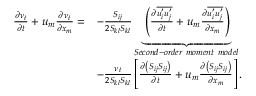
\begin{array} { r l } { \frac { \partial \nu _ { t } } { \partial t } + u _ { m } \frac { \partial \nu _ { t } } { \partial x _ { m } } = } & { - \frac { S _ { i j } } { 2 S _ { k l } S _ { k l } } \underbrace { \left( \frac { \partial \overline { { u _ { i } ^ { \prime } u _ { j } ^ { \prime } } } } { \partial t } + u _ { m } \frac { \partial \overline { { u _ { i } ^ { \prime } u _ { j } ^ { \prime } } } } { \partial x _ { m } } \right) } _ { S e c o n d - o r d e r \ m o m e n t \ m o d e l } } \\ & { - \frac { \nu _ { t } } { 2 S _ { k l } S _ { k l } } \left[ \frac { \partial \left( S _ { i j } S _ { i j } \right) } { \partial t } + u _ { m } \frac { \partial \left( S _ { i j } S _ { i j } \right) } { \partial x _ { m } } \right] . } \end{array}